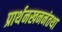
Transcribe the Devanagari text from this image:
प्रार्थनखननंतथा